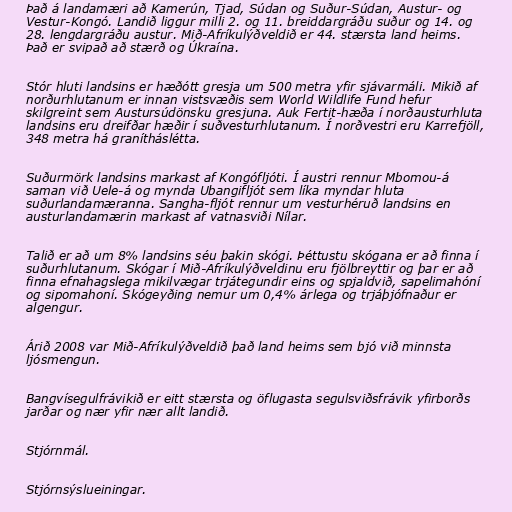
Það á landamæri að Kamerún, Tjad, Súdan og Suður-Súdan, Austur- og
Vestur-Kongó. Landið liggur milli 2. og 11. breiddargráðu suður og 14. og
28. lengdargráðu austur. Mið-Afríkulýðveldið er 44. stærsta land heims.
Það er svipað að stærð og Úkraína.

Stór hluti landsins er hæðótt gresja um 500 metra yfir sjávarmáli. Mikið af
norðurhlutanum er innan vistsvæðis sem World Wildlife Fund hefur
skilgreint sem Austursúdönsku gresjuna. Auk Fertit-hæða í norðausturhluta
landsins eru dreifðar hæðir í suðvesturhlutanum. Í norðvestri eru Karrefjöll,
348 metra há granítháslétta.

Suðurmörk landsins markast af Kongófljóti. Í austri rennur Mbomou-á
saman við Uele-á og mynda Ubangifljót sem líka myndar hluta
suðurlandamæranna. Sangha-fljót rennur um vesturhéruð landsins en
austurlandamærin markast af vatnasviði Nílar.

Talið er að um 8% landsins séu þakin skógi. Þéttustu skógana er að finna í
suðurhlutanum. Skógar í Mið-Afríkulýðveldinu eru fjölbreyttir og þar er að
finna efnahagslega mikilvægar trjátegundir eins og spjaldvið, sapelimahóní
og sipomahoní. Skógeyðing nemur um 0,4% árlega og trjáþjófnaður er
algengur.

Árið 2008 var Mið-Afríkulýðveldið það land heims sem bjó við minnsta
ljósmengun.

Bangvísegulfrávikið er eitt stærsta og öflugasta segulsviðsfrávik yfirborðs
jarðar og nær yfir nær allt landið.

Stjórnmál.

Stjórnsýslueiningar.